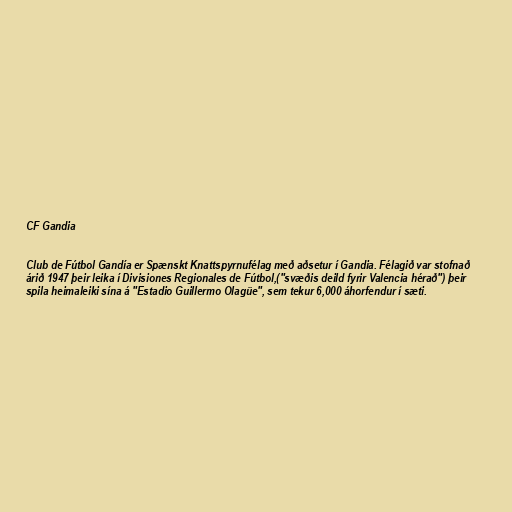
CF Gandia

Club de Fútbol Gandía er Spænskt Knattspyrnufélag með aðsetur í Gandia. Félagið var stofnað
árið 1947 þeir leika í Divisiones Regionales de Fútbol,("svæðis deild fyrir Valencia hérað") þeir
spila heimaleiki sína á "Estadio Guillermo Olagüe", sem tekur 6,000 áhorfendur í sæti.